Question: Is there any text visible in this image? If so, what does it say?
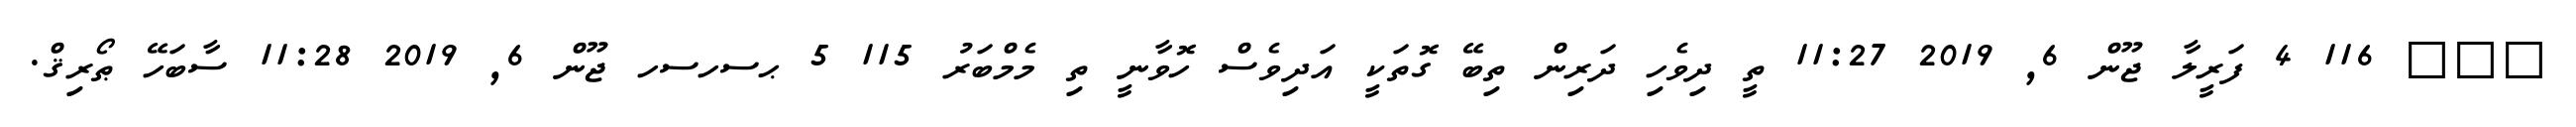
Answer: ??? 116 4 ފަރީލާ ޖޫން 6, 2019 11:27 ތީ ދިވެހި ދަރިން ތިބޭ ގޮތަކީ އަދިވެސް ހޮވާނީ ތި މެމްބަރު 115 5 ޙސހސހ ޖޫން 6, 2019 11:28 ސާބަހޭ ޠޯރިޤް.